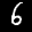
Label: 6